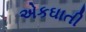
એકઘાતી